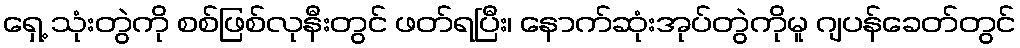
ရှေ့ သုံးတွဲကို စစ်ဖြစ်လုနီးတွင် ဖတ်ရပြီး၊ နောက်ဆုံးအုပ်တွဲကိုမူ ဂျပန်ခေတ်တွင်